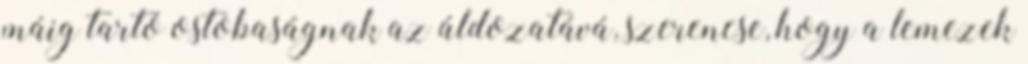
máig tartó ostobaságnak az áldozatává, szerencse, hogy a lemezek